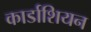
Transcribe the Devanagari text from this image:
कार्डाशियन